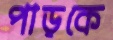
পাড়কে